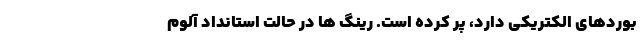
بوردهای الکتریکی دارد، پر کرده است. رینگ ها در حالت استانداد آلوم